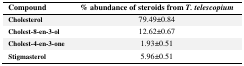
| Compound | % abundance of steroids from T. telescopium |
 | --- | --- |
 | Cholesterol | 79.49±0.84 |
 | Cholest-8-en-3-ol | 12.62±0.67 |
 | Cholest-4-en-3-one | 1.93±0.51 |
 | Stigmasterol | 5.96±0.51 |